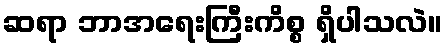
ဆရာ ဘာအရေးကြီးကိစ္စ ရှိပါသလဲ။